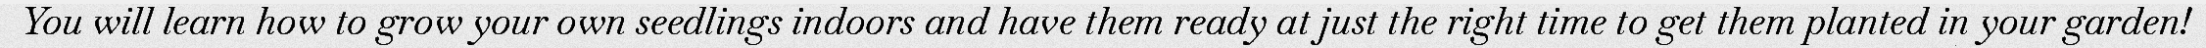
You will learn how to grow your own seedlings indoors and have them ready at just the right time to get them planted in your garden!